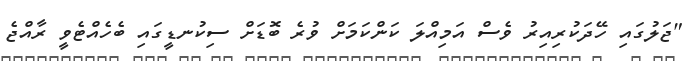
"ޖަލުގައި ހޭދަކުރިއިރު ވެސް އަމިއްލަ ކަންކަމަށް ވުރެ ބޮޑަށް ސިކުނޑީގައި ބެހެއްޓެވީ ރާއްޖެ